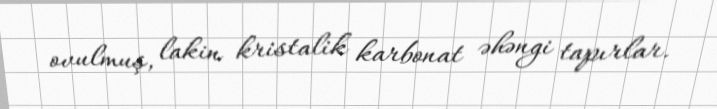
ovulmuş, lakin kristalik karbonat əhəngi tapırlar.